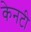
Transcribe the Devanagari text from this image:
केनटी